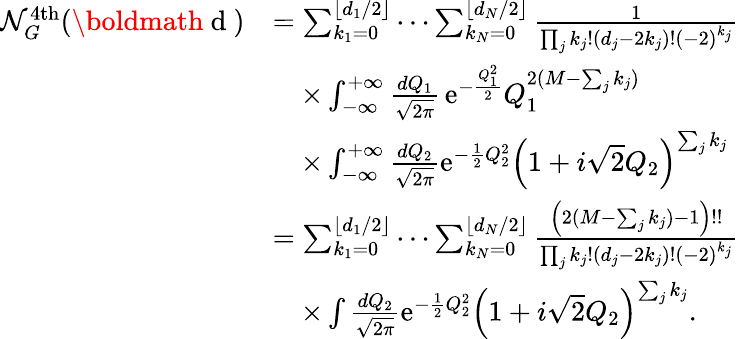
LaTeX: \begin{array}{rl}{\mathcal{N}_{G}^{\mathrm{4th}}(\mathrm{\boldmath~d~})}&{=\sum_{k_{1}=0}^{\lfloor d_{1}/2\rfloor}\cdots\sum_{k_{N}=0}^{\lfloor d_{N}/2\rfloor}\frac{1}{\prod_{j}k_{j}!(d_{j}-2k_{j})!(-2)^{k_{j}}}}\\ &{\quad\times\int_{-\infty}^{+\infty}\frac{dQ_{1}}{\sqrt{2\pi}}\, \mathrm{e}^{-\frac{Q_{1}^{2}}{2}}Q_{1}^{2(M-\sum_{j}k_{j})}}\\ &{\quad\times\int_{-\infty}^{+\infty}\frac{dQ_{2}}{\sqrt{2\pi}}\mathrm{e}^{-\frac{1}{2}Q_{2}^{2}}\left(1+i\sqrt{2}Q_{2}\right)^{\sum_{j}k_{j}}}\\ &{=\sum_{k_{1}=0}^{\lfloor d_{1}/2\rfloor}\cdots\sum_{k_{N}=0}^{\lfloor d_{N}/2\rfloor}\frac{\left(2(M-\sum_{j}k_{j})-1\right)!!}{\prod_{j}k_{j}!(d_{j}-2k_{j})!(-2)^{k_{j}}}}\\ &{\quad\times\int\frac{dQ_{2}}{\sqrt{2\pi}}\mathrm{e}^{-\frac{1}{2}Q_{2}^{2}}\left(1+i\sqrt{2}Q_{2}\right)^{\sum_{j}k_{j}}.}\end{array}